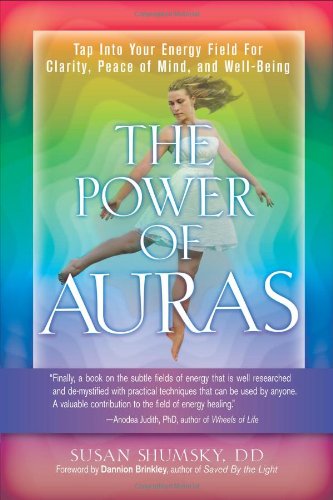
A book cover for The Power of Auras: Tap Into Your Energy Field For Clarity, Peace of Mind, and Well-Being; Susan Shumsky; Religion & Spirituality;